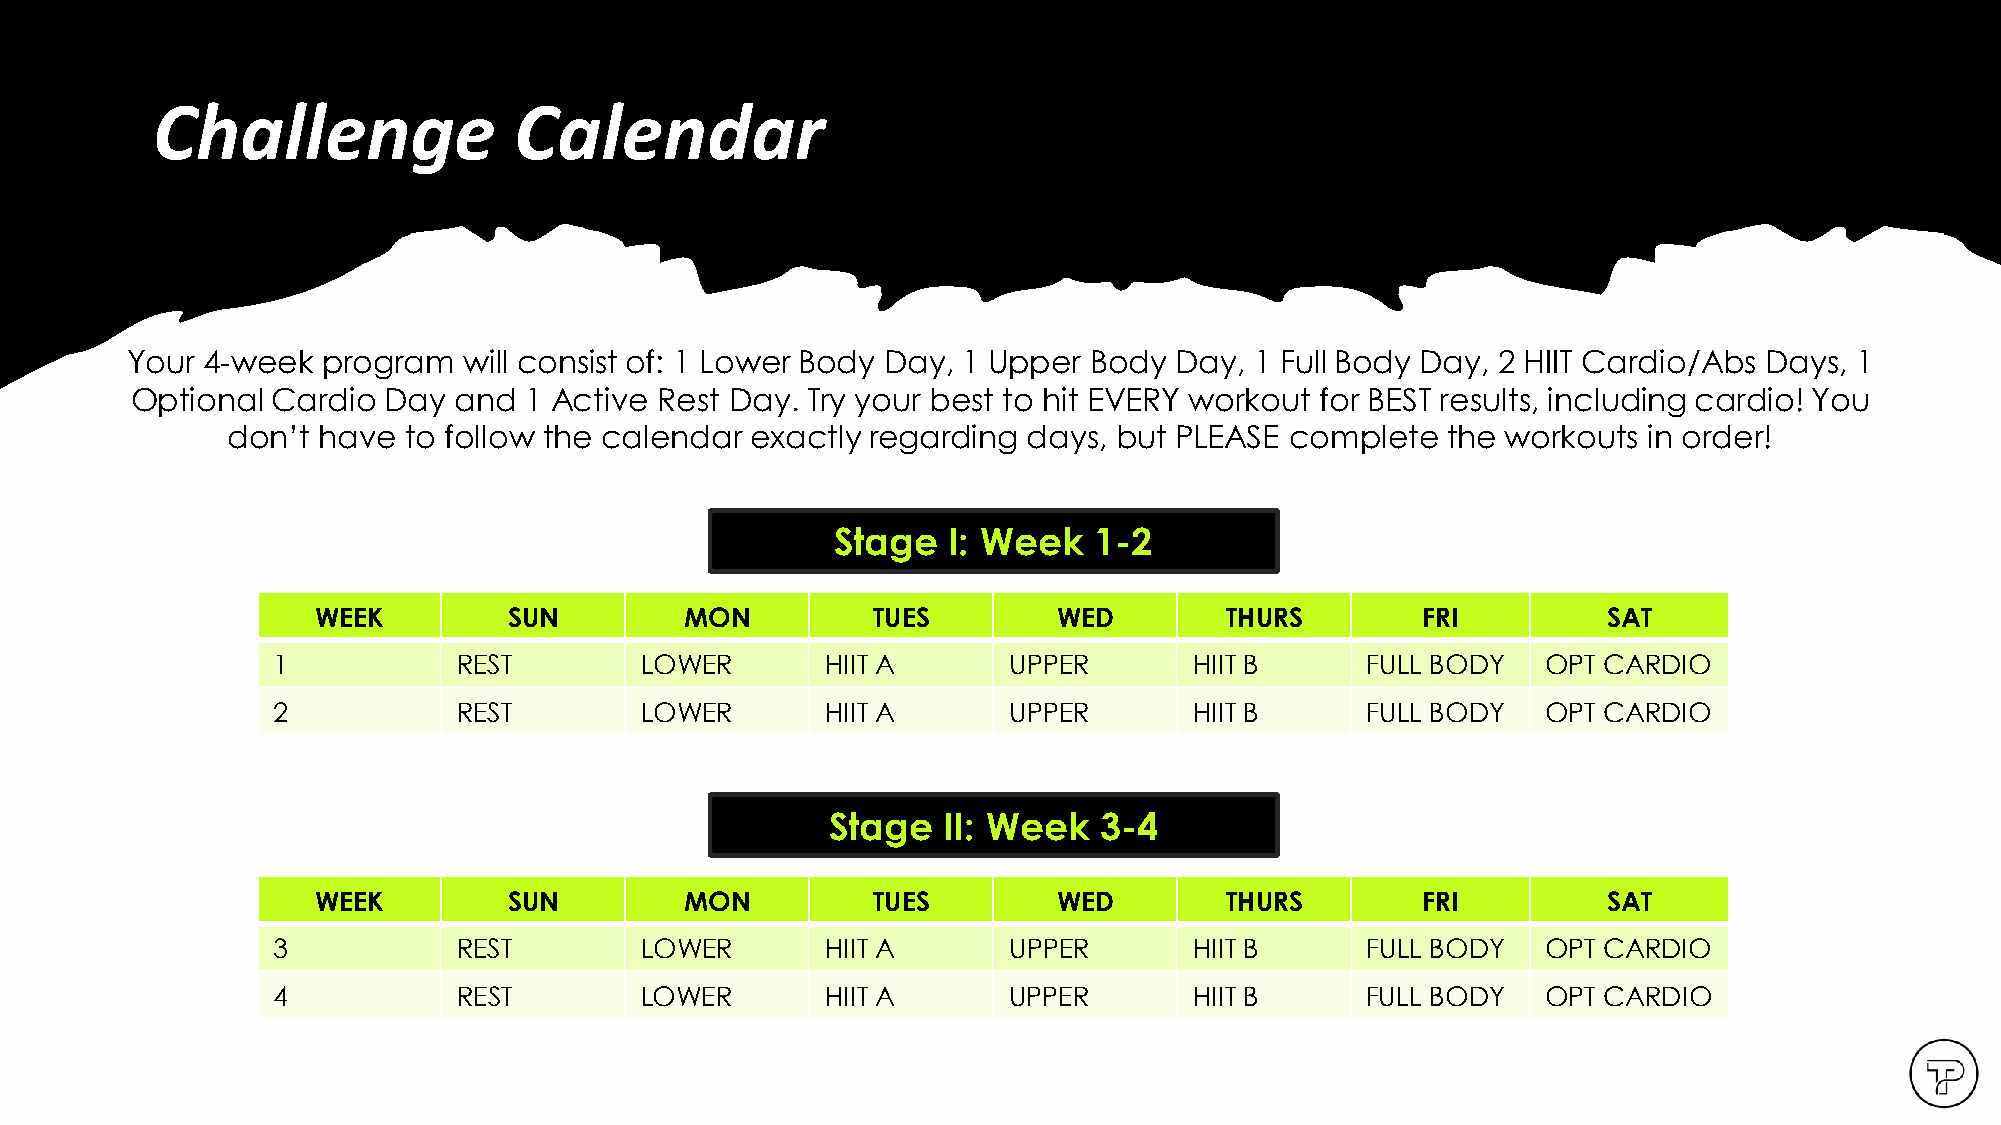
Copyright TenpowFitness Ltd. Co.
 Challenge               Calendar
 Your 4-week  program   will consist of: 1 Lower Body Day, 1 Upper Body Day, 1 Full Body Day, 2 HIIT Cardio/Abs Days, 1
 Optional Cardio Day  and  1 Active Rest Day. Try your best to hit EVERY workout for BEST results, including cardio! You
 don’t have  to follow the calendar exactly regarding days, but PLEASE complete   the workouts in order!
 Stage   I: Week  1-2
 WEEK         SUN        MON          TUES        WED        THURS        FRI         SAT
 1           REST        LOWER        HIIT A      UPPER       HIIT B     FULL BODY   OPT CARDIO
 2           REST        LOWER        HIIT A      UPPER       HIIT B     FULL BODY   OPT CARDIO
 Stage  II: Week   3-4
 WEEK         SUN        MON          TUES        WED        THURS        FRI         SAT
 3           REST        LOWER        HIIT A      UPPER       HIIT B     FULL BODY   OPT CARDIO
 4           REST        LOWER        HIIT A      UPPER       HIIT B     FULL BODY   OPT CARDIO